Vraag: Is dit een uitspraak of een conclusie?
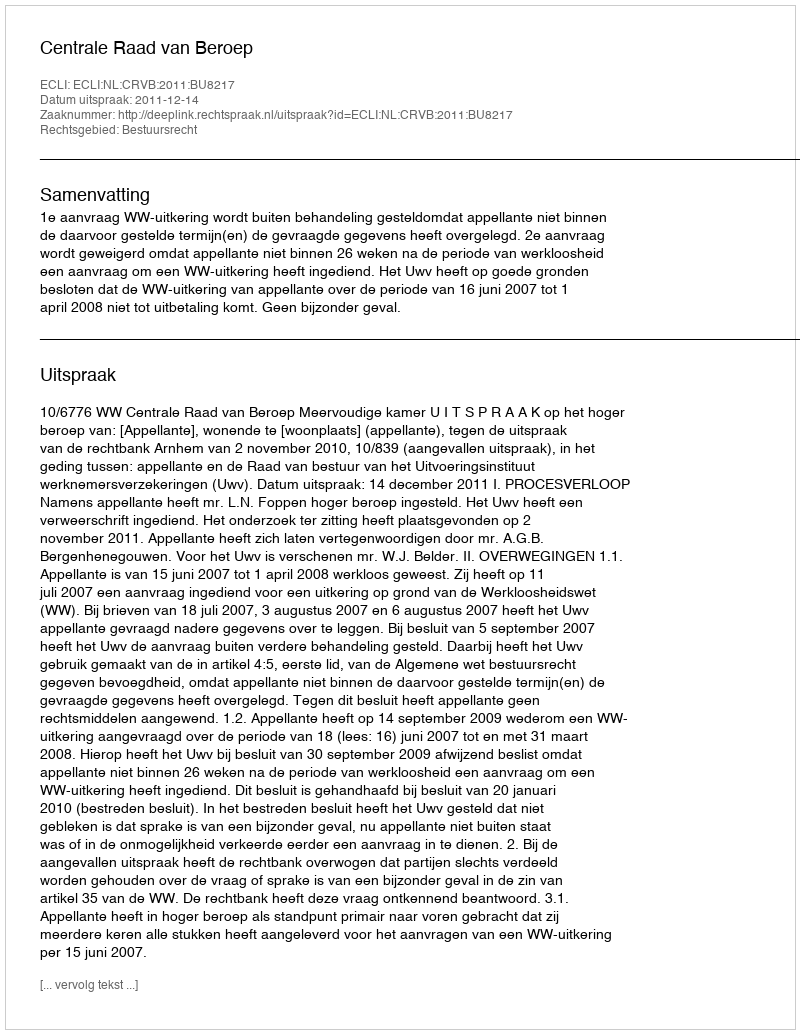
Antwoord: Uitspraak